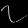
Digit: ၇